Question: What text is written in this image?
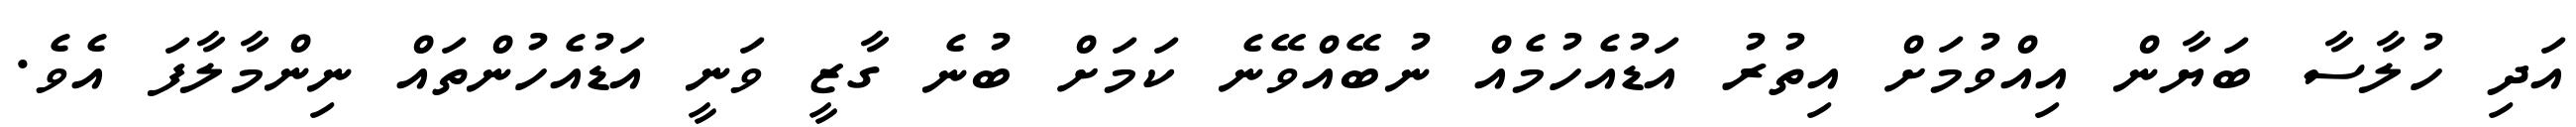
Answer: އަދި ހުލާސާ ބަޔާން އިއްވުމަށް އިތުރު އަޑުއެހުމެއް ނުބޭއްވޭނެ ކަމަށް ބުނެ ގާޒީ ވަނީ އަޑުއެހުންތައް ނިންމާލާފަ އެވެ.